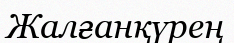
Жалғанқүрең